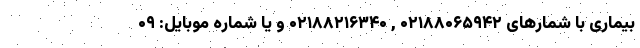
بیماری با شمارهای ۰۲۱۸۸۰۶۵۹۴۲ , ۰۲۱۸۸۲۱۶۳۴۰ و یا شماره موبایل: ۰۹